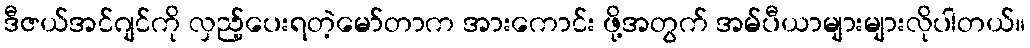
ဒီဇယ်အင်ဂျင်ကို လှည့်ပေးရတဲ့မော်တာက အားကောင်း ဖို့အတွက် အမ်ပီယာများများလိုပါတယ်။